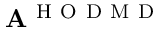
\mathbf A ^ { \mathrm { ~ H ~ O ~ D ~ M ~ D ~ } }